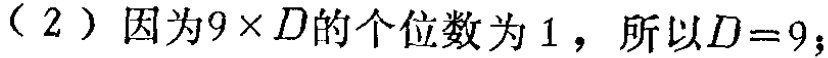
（2）因为\(9\times D\)的个位数为\(1\)，所以\(D = 9\)；